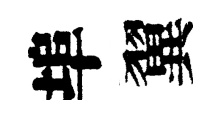
埠翼